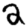
Digit: 2